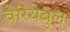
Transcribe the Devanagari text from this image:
वेरियेबुल